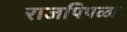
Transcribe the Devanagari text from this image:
राजपिपळा